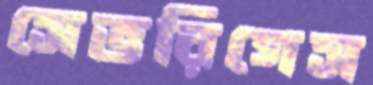
সেভরিগেস